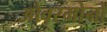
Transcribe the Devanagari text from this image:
ओवरमोनों